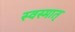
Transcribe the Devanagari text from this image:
स्वस्मात्